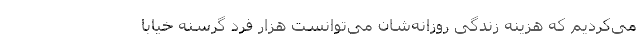
می‌کردیم که هزینه زندگی روزانه‌شان می‌توانست هزار فرد گرسنه خیابا